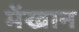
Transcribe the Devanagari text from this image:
मेंखान